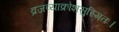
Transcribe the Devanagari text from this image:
व्रजव्याक्रोशसुस्मितः।